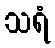
သရံ